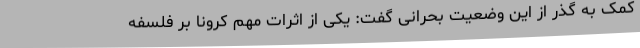
کمک به گذر از این وضعیت بحرانی گفت: یکی از اثرات مهم کرونا بر فلسفه